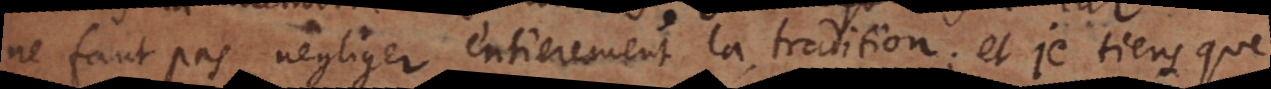
ne faut pas négliger entierement la tradition; et je tiens que